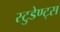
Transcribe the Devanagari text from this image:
स्टुडेण्ट्स